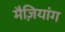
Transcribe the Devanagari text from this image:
मैज़ियांग